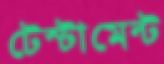
টেস্টামেন্ট